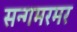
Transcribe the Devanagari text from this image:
सन्गमरमर